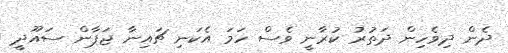
ދެން ދިވެހިން ދަތުރު ކުރާނީ ވެސް ހަމަ އެކަނި ޗައިނާ ޖަޕާން ސައޫދީ